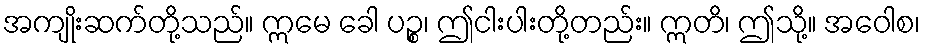
အကျိုးဆက်တို့သည်။ ဣမေ ခေါ ပဉ္စ၊ ဤငါးပါးတို့တည်း။ ဣတိ၊ ဤသို့။ အဝေါစ၊